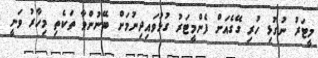
މީޓަރު ނުގުޅި ހުރި ގޭގެއަށް ފެންމީޓަރު ގުޅުވައިދިނުމަށް ބޭނުންވާ ތަކެތި މިހާރު ވަނީ